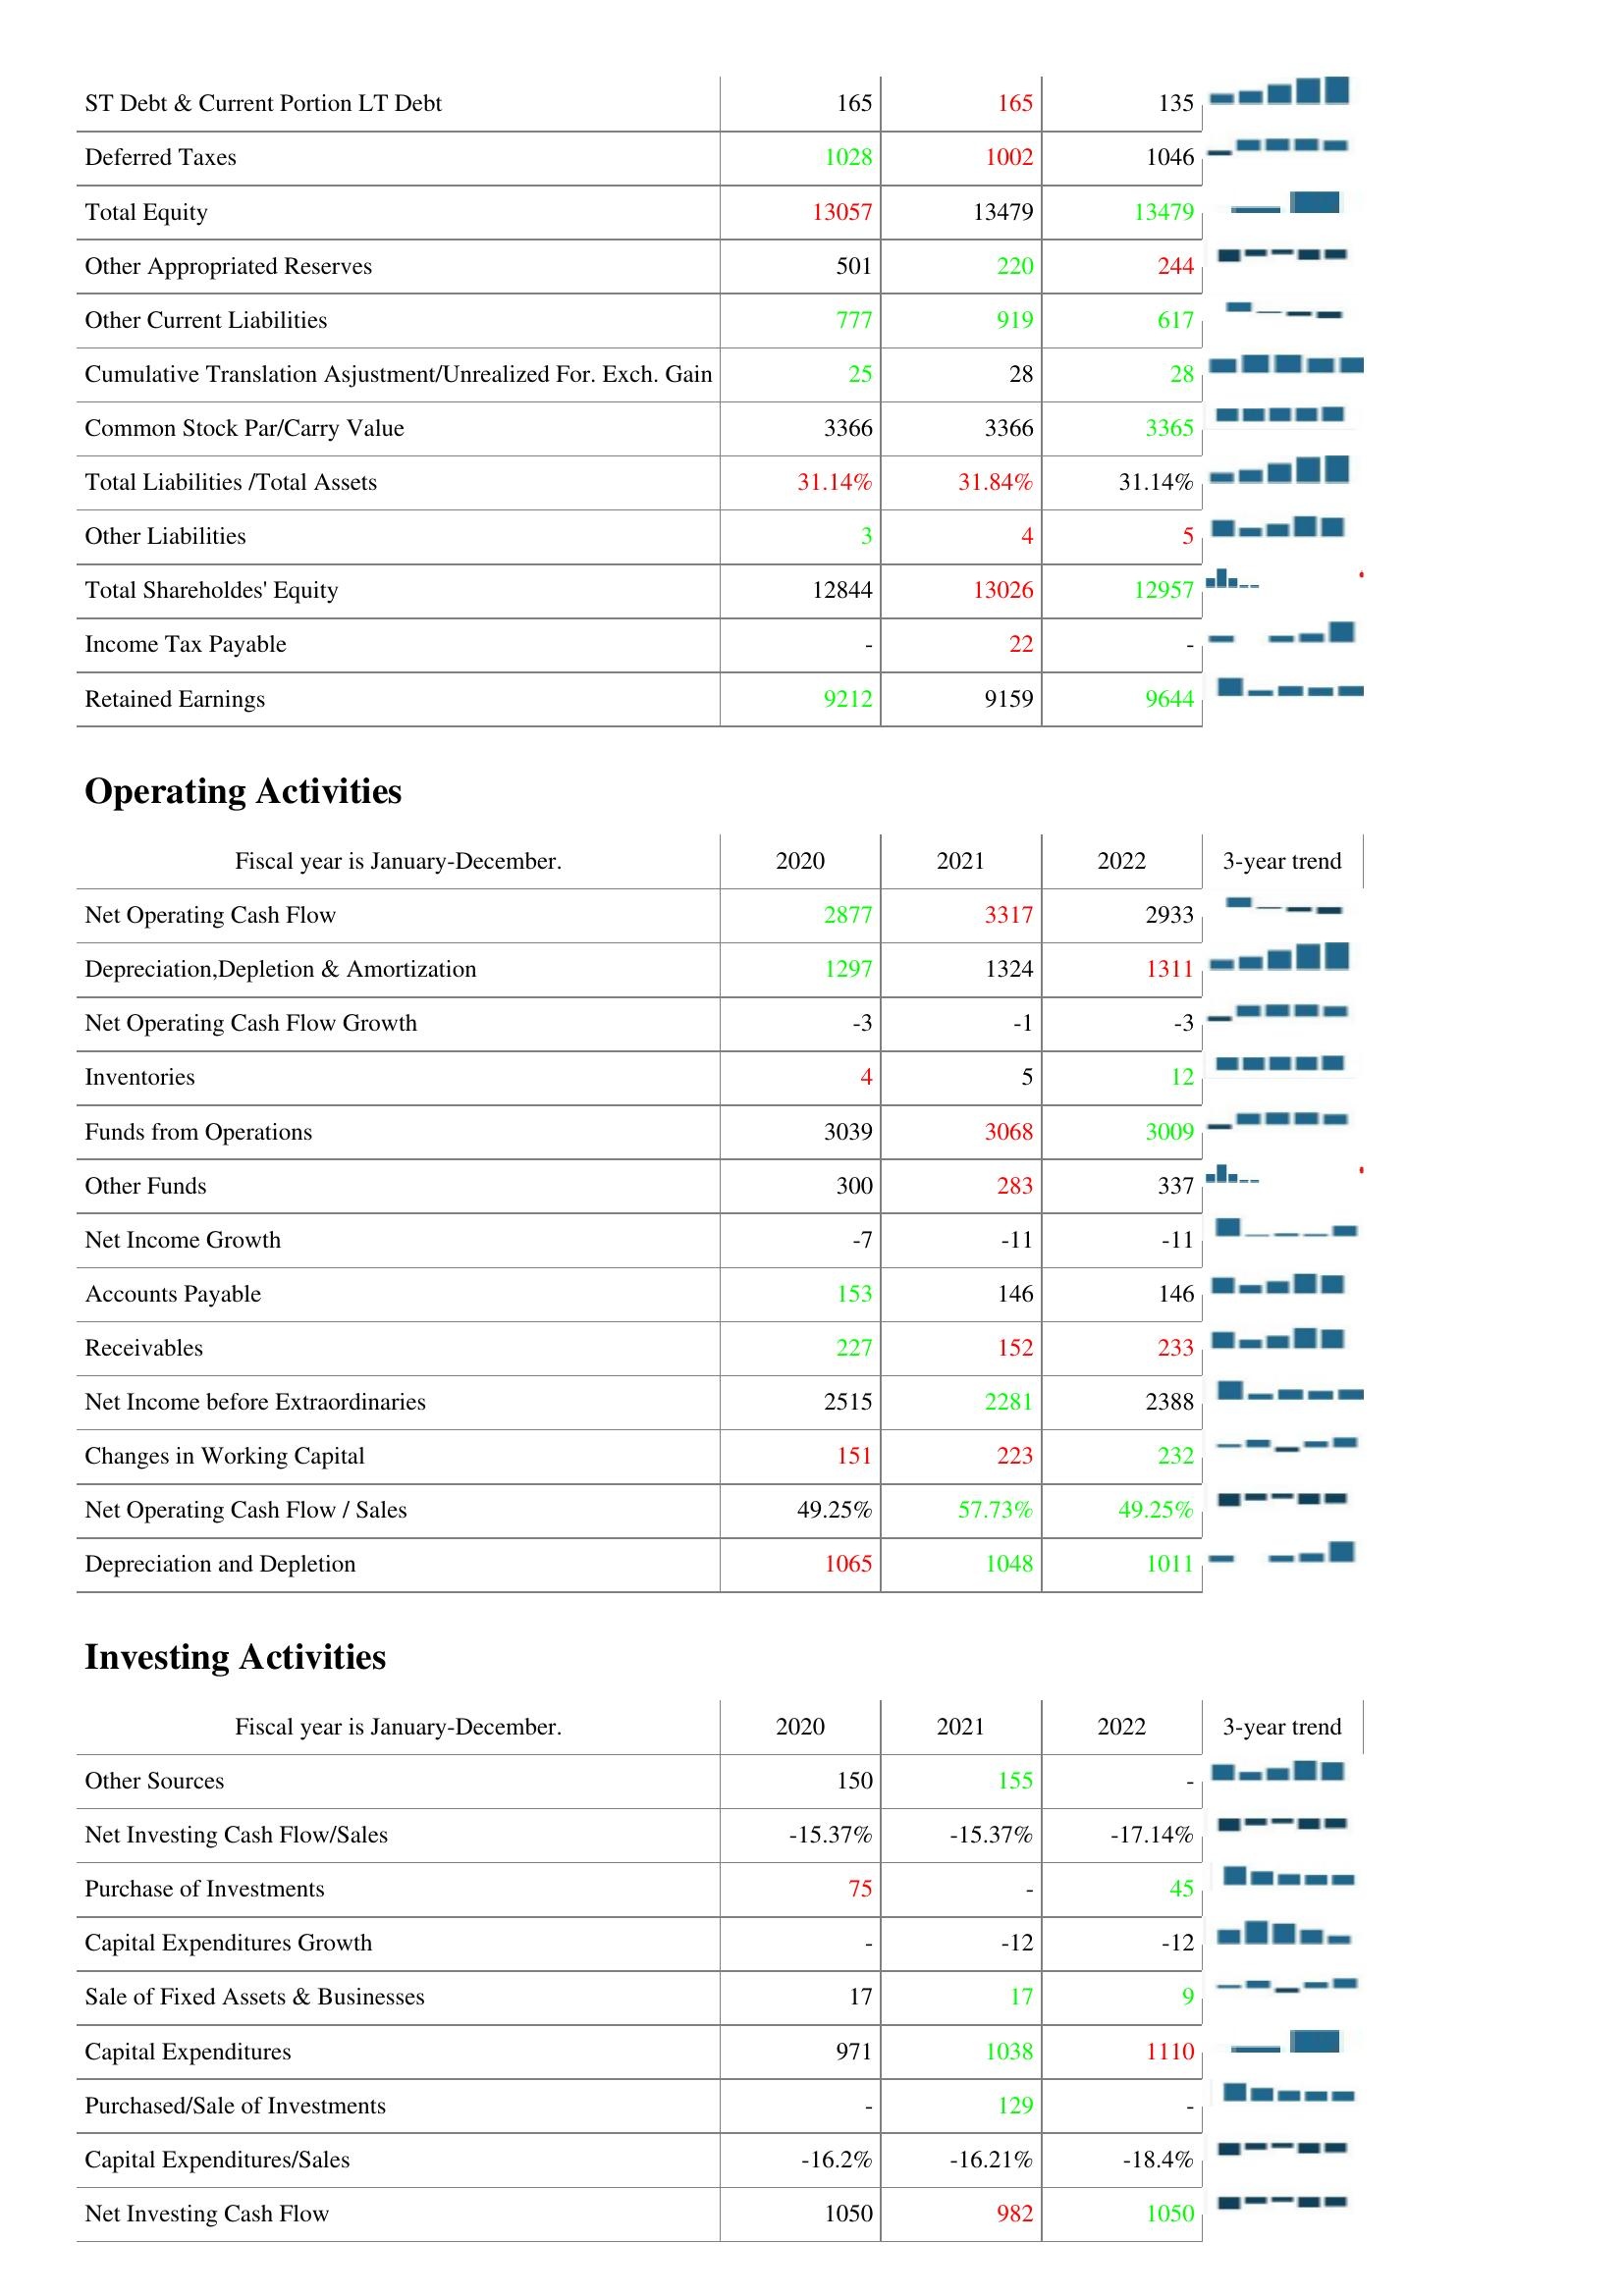
2020: Liabilities & Shareholder's Equity: ST Debt & Current Portion LT Debt: 165
Deferred Taxes: 1028
Total Equity: 13057
Other Appropriated Reserves: 501
Other Current Liabilities: 777
Cumulative Translation Asjustment/Unrealized For. Exch. Gain: 25
Common Stock Par/Carry Value: 3366
Total Liabilities /Total Assets: 31.14%
Other Liabilities: 3
Total Shareholdes' Equity: 12844
Income Tax Payable: -
Retained Earnings: 9212
Operating Activities: Net Operating Cash Flow: 2877
Depreciation,Depletion & Amortization: 1297
Net Operating Cash Flow Growth: -3
Inventories: 4
Funds from Operations: 3039
Other Funds: 300
Net Income Growth: -7
Accounts Payable: 153
Receivables: 227
Net Income before Extraordinaries: 2515
Changes in Working Capital: 151
Net Operating Cash Flow / Sales: 49.25%
Depreciation and Depletion: 1065
Investing Activities: Other Sources: 150
Net Investing Cash Flow/Sales: -15.37%
Purchase of Investments: 75
Capital Expenditures Growth: -
Sale of Fixed Assets & Businesses: 17
Capital Expenditures: 971
Purchased/Sale of Investments: -
Capital Expenditures/Sales: -16.2%
Net Investing Cash Flow: 1050
2021: Liabilities & Shareholder's Equity: ST Debt & Current Portion LT Debt: 165
Deferred Taxes: 1002
Total Equity: 13479
Other Appropriated Reserves: 220
Other Current Liabilities: 919
Cumulative Translation Asjustment/Unrealized For. Exch. Gain: 28
Common Stock Par/Carry Value: 3366
Total Liabilities /Total Assets: 31.84%
Other Liabilities: 4
Total Shareholdes' Equity: 13026
Income Tax Payable: 22
Retained Earnings: 9159
Operating Activities: Net Operating Cash Flow: 3317
Depreciation,Depletion & Amortization: 1324
Net Operating Cash Flow Growth: -1
Inventories: 5
Funds from Operations: 3068
Other Funds: 283
Net Income Growth: -11
Accounts Payable: 146
Receivables: 152
Net Income before Extraordinaries: 2281
Changes in Working Capital: 223
Net Operating Cash Flow / Sales: 57.73%
Depreciation and Depletion: 1048
Investing Activities: Other Sources: 155
Net Investing Cash Flow/Sales: -15.37%
Purchase of Investments: -
Capital Expenditures Growth: -12
Sale of Fixed Assets & Businesses: 17
Capital Expenditures: 1038
Purchased/Sale of Investments: 129
Capital Expenditures/Sales: -16.21%
Net Investing Cash Flow: 982
2022: Liabilities & Shareholder's Equity: ST Debt & Current Portion LT Debt: 135
Deferred Taxes: 1046
Total Equity: 13479
Other Appropriated Reserves: 244
Other Current Liabilities: 617
Cumulative Translation Asjustment/Unrealized For. Exch. Gain: 28
Common Stock Par/Carry Value: 3365
Total Liabilities /Total Assets: 31.14%
Other Liabilities: 5
Total Shareholdes' Equity: 12957
Income Tax Payable: -
Retained Earnings: 9644
Operating Activities: Net Operating Cash Flow: 2933
Depreciation,Depletion & Amortization: 1311
Net Operating Cash Flow Growth: -3
Inventories: 12
Funds from Operations: 3009
Other Funds: 337
Net Income Growth: -11
Accounts Payable: 146
Receivables: 233
Net Income before Extraordinaries: 2388
Changes in Working Capital: 232
Net Operating Cash Flow / Sales: 49.25%
Depreciation and Depletion: 1011
Investing Activities: Other Sources: -
Net Investing Cash Flow/Sales: -17.14%
Purchase of Investments: 45
Capital Expenditures Growth: -12
Sale of Fixed Assets & Businesses: 9
Capital Expenditures: 1110
Purchased/Sale of Investments: -
Capital Expenditures/Sales: -18.4%
Net Investing Cash Flow: 1050